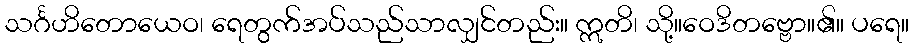
သင်္ဂဟိတောယေဝ၊ ရေတွက်အပ်သည်သာလျှင်တည်း။ ဣတိ၊ သို့။ဝေဒိတဗ္ဗော။၏။ ပရေ။